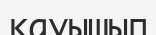
қауышып